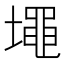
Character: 𰊷